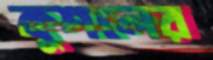
কুশলের